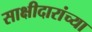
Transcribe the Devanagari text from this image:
साक्षीदारांच्या